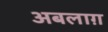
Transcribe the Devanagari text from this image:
अबलाग़